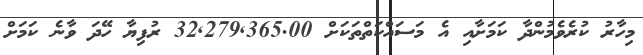
މިހާރު ކުރެވެމުންދާ ކަމަށާއި އެ މަސައްކަތްތަކަށް 32